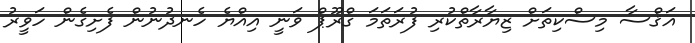
އަޤްސާ މިސްކިތަށް ޒިޔާރާތްކުރި ފުރަތަމަ ގްރޫޕް ވަނީ އިއްޔެ ހެނދުނުން ފެށިގެން ހަވީރު